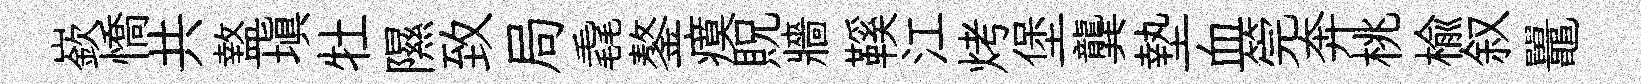
嶔憍共盩填牡隰致局毳鏊瘼貺牆鞵江烤堡龔墊血筦奔桃楡叙鼉